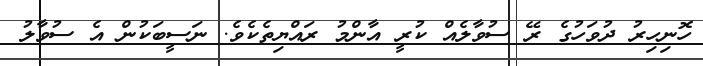
ހޮނިހިރު ދުވަހުގެ ރޭ ސުވާލެއް ކުރީ އާންމު ރައްޔިތެކެވެ. ނަސީބަކުން އެ ސުވާލު